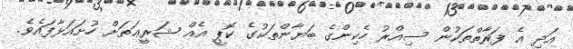
އަދި އެ ފަރާތްތަކުން ސިއްރު ހެކިންގެ ބަޔާންތަކުގެ ކޮޕީ އެއް ޝަރީޢަތަށް ހުށައަޅާފައެވެ.